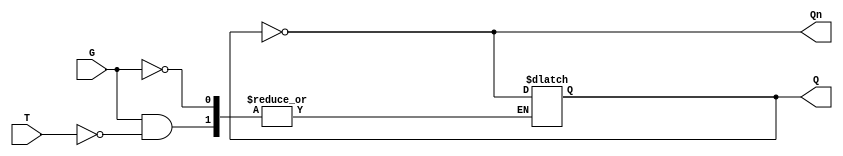
module Gated_T_Latch (
    input wire T,    // Toggle input
    input wire G,    // Gate/Enable input
    output reg Q,    // Output state
    output wire Qn   // Complementary output
);

    assign Qn = ~Q; // Complementary output

    always @(G or T) begin
        if (G) begin
            if (T) begin
                Q <= ~Q; // Toggle the state of Q
            end
            // If T is low, Q retains its current state
        end
        // If G is low, Q retains its current state
    end

endmodule